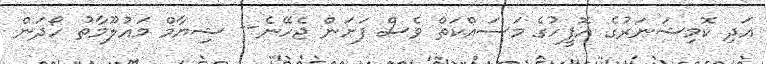
އަދި ކޮމިޝަނަރުގެ އޮފީހުގެ މަސައްކަތް ވެސް ފަށަން ޖެހޭނެ-- ޝިޔާމް މައުލޫމާތު ހޯދަން